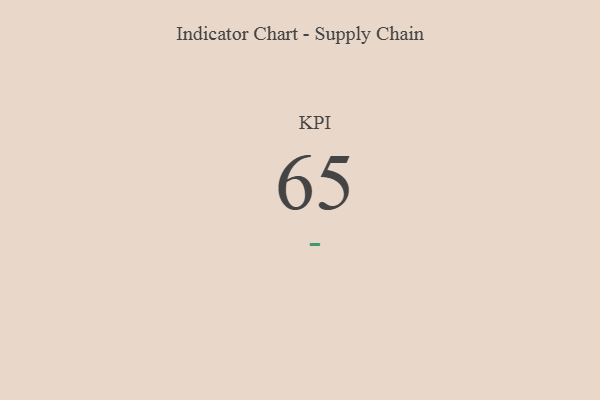
{"axis": {"x": "KPI", "y": "Value"}, "legend": [""], "data": [{"x": "KPI", "y": 65, "type": ""}]}